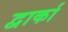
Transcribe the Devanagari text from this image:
द्वार्का